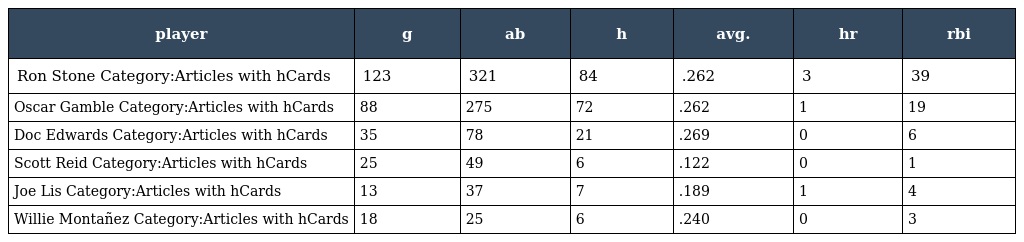
| player | g | ab | h | avg. | hr | rbi |
 | --- | --- | --- | --- | --- | --- | --- |
 | Ron Stone Category:Articles with hCards | 123 | 321 | 84 | .262 | 3 | 39 |
 | Oscar Gamble Category:Articles with hCards | 88 | 275 | 72 | .262 | 1 | 19 |
 | Doc Edwards Category:Articles with hCards | 35 | 78 | 21 | .269 | 0 | 6 |
 | Scott Reid Category:Articles with hCards | 25 | 49 | 6 | .122 | 0 | 1 |
 | Joe Lis Category:Articles with hCards | 13 | 37 | 7 | .189 | 1 | 4 |
 | Willie Montañez Category:Articles with hCards | 18 | 25 | 6 | .240 | 0 | 3 |